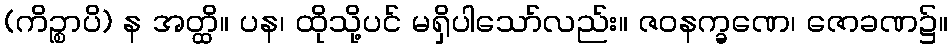
(ကိဉ္စာပိ) န အတ္ထိ။ ပန၊ ထိုသို့ပင် မရှိပါသော်လည်း။ ဇဝနက္ခဏေ၊ ဇောခဏ၌။